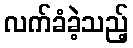
လက်ခံခဲ့သည့်